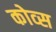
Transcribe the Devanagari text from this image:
कोव्स